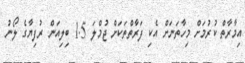
އިމާރާތް ކުރުމަށް މިހާތަނަށް އެކި ފަރާތްތަކަށް ޖުމްލަ 1.5 ބިލިއަން ރުފިޔާގެ ލޯނު